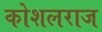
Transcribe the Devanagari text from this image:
कोशलराज